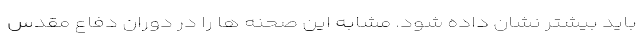
باید بیشتر نشان داده شود. مشابه این صحنه ها را در دوران دفاع مقدس